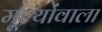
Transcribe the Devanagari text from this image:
मूल्योंवाला